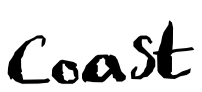
Text: Coast
Cross-out: clean
Writing tool: digital_black